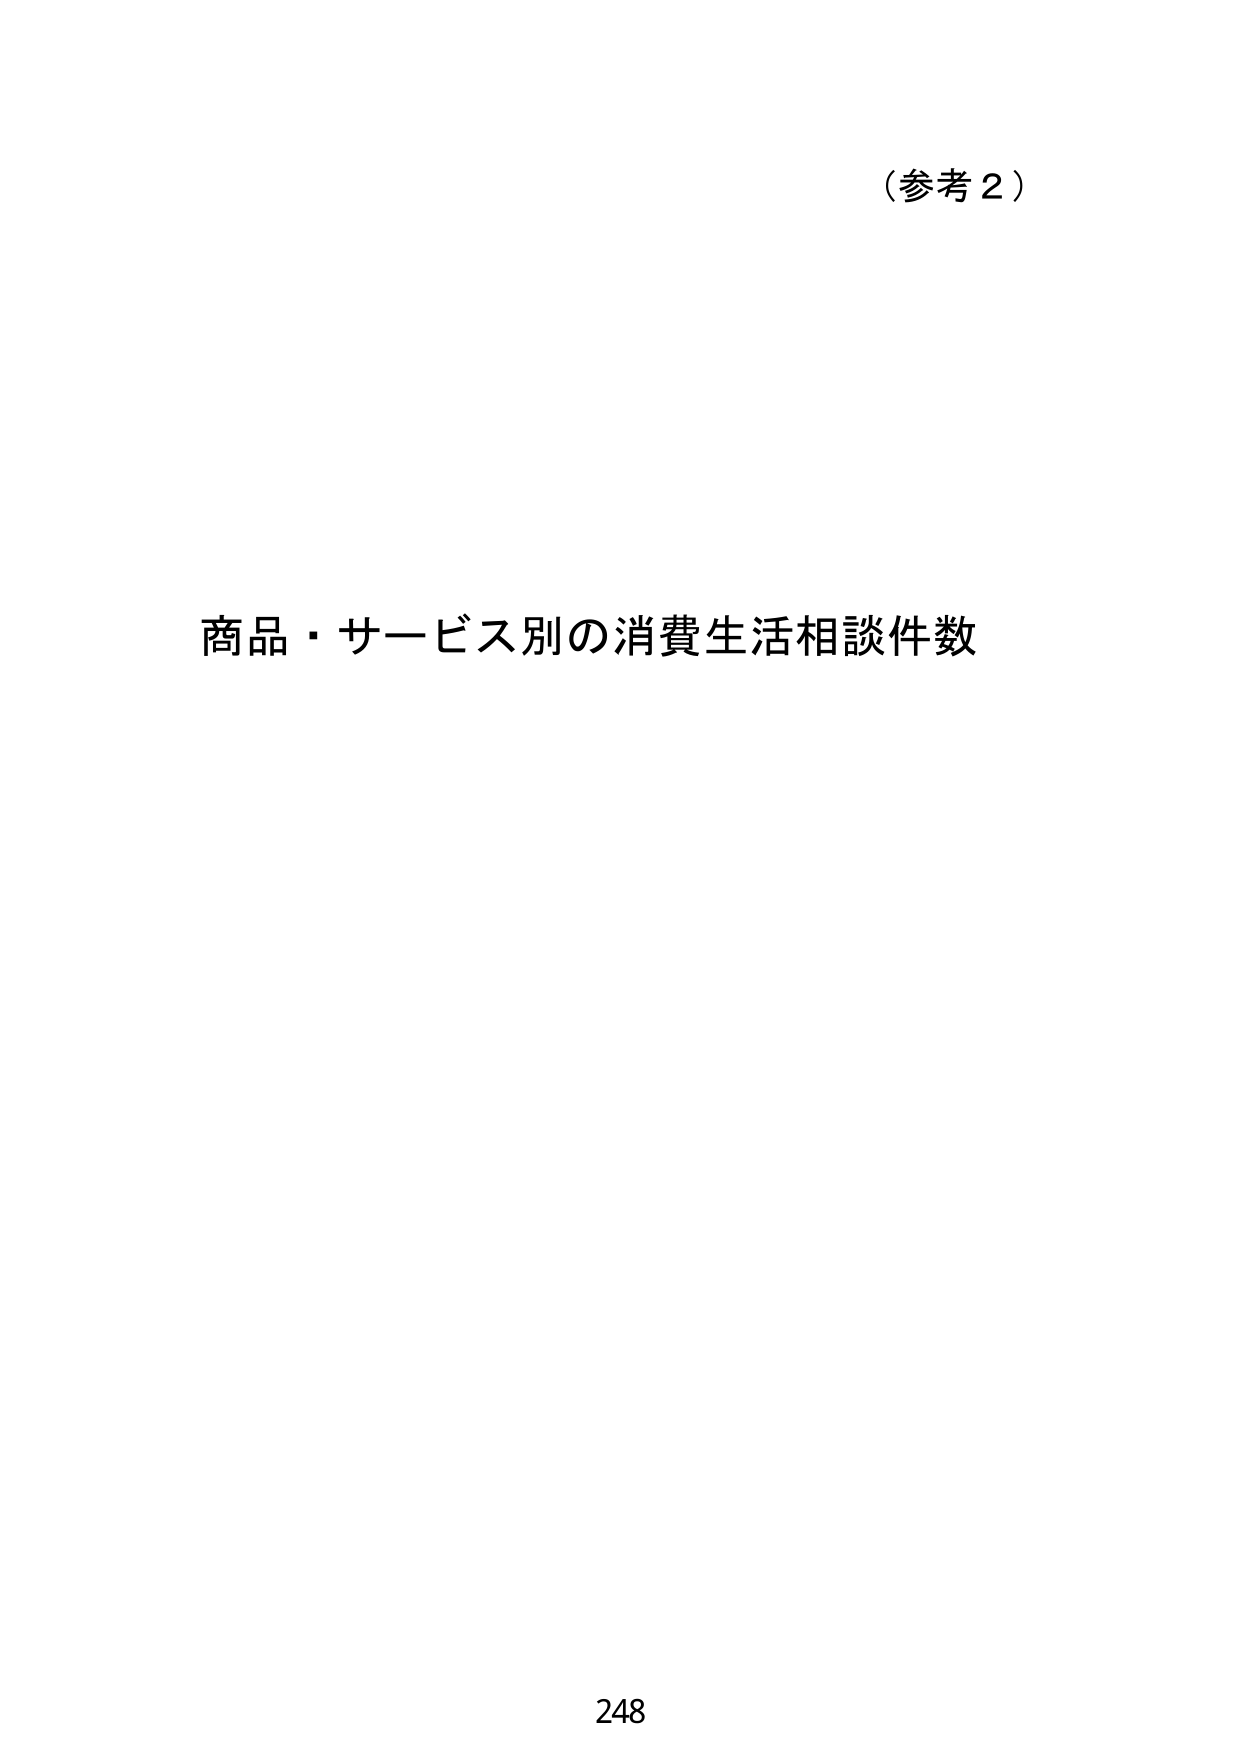
（参考２）

商品・サービス別の消費生活相談件数

248